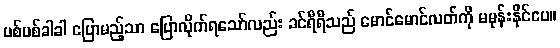
ပစ်ပစ်ခါခါ ပြောမည့်သာ ပြောလိုက်ရသော်လည်း ခင်ရီရီသည် မောင်မောင်လတ်ကို မမုန်းနိုင်ပေ။